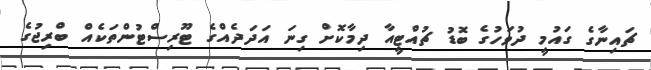
ޗައިނާގެ ގައުމީ ދުވަހުގެ ބޮޑު ޗުއްޓީއާ ދިމާކޮށް ގިނަ އަދަދެއްގެ ޓޫރިސްޓުންތަކެއް ބްރިޖުގެ